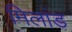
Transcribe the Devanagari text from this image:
मिलांड